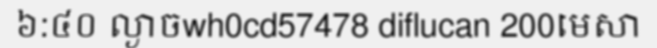
៦:៤០ ល្ងាចwh0cd57478 diflucan 200មេសា